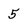
Character: 5